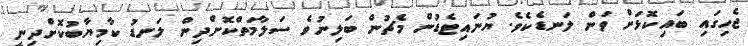
ޖެހިގައި ބައިކޮޅަށް ވަން ލަނޑެކެވެ. ޔުނައިޓެޑުން މެޗުން ބަލިނުވެ ސަލާމަތްކޮށްދިން ލަނޑު ކާމިިޔާބުކޮށްދިނީ